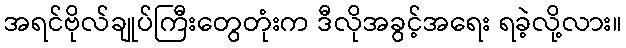
အရင်ဗိုလ်ချုပ်ကြီးတွေတုံးက ဒီလိုအခွင့်အရေး ရခဲ့လို့လား။